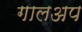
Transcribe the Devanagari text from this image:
गालअप